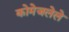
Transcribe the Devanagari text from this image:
कोमेजलेले